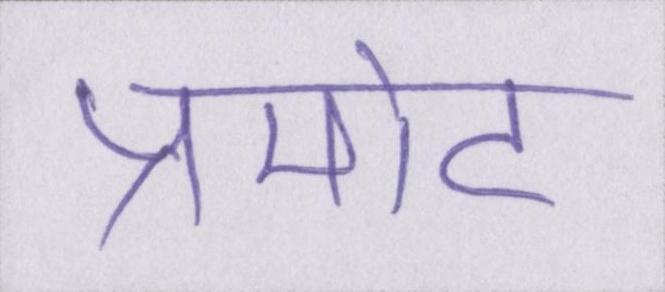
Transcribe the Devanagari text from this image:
प्रमोट